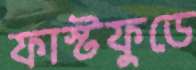
ফাস্টফুডে